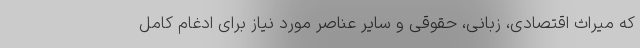
که میراث اقتصادی، زبانی، حقوقی و سایر عناصر مورد نیاز برای ادغام کامل